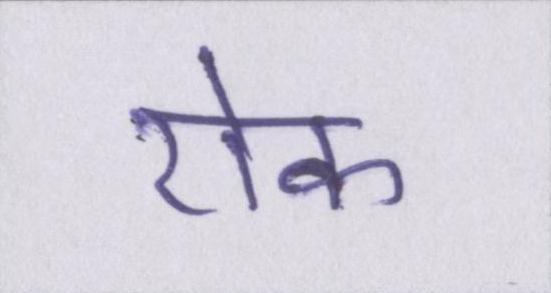
रॊक